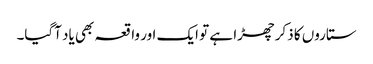
ستاروں کا ذکر چھڑا ہے تو ایک اور واقعہ بھی یاد آگیا۔